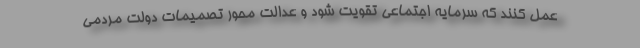
عمل کنند که سرمایه اجتماعی تقویت شود و عدالت محور تصمیمات دولت مردمی